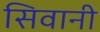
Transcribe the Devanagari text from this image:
सिवानी